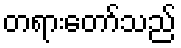
တရားတော်သည်